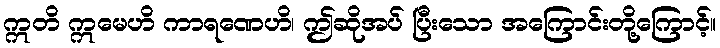
ဣတိ ဣမေဟိ ကာရဏေဟိ၊ ဤဆိုအပ် ပြီးသော အကြောင်းတို့ကြောင့်။